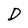
Character: D